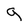
Character: g